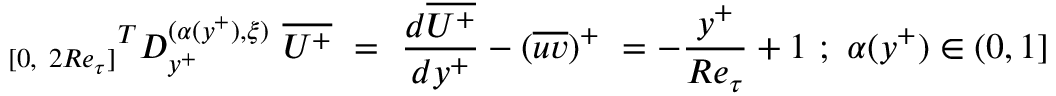
{ _ { [ 0 , ~ 2 R e _ { \tau } ] } } ^ { T } D _ { y ^ { + } } ^ { ( \alpha ( y ^ { + } ) , { \xi } ) } ~ \overline { { U ^ { + } } } ~ = ~ \frac { d \overline { { U ^ { + } } } } { d y ^ { + } } - ( \overline { { u v } } ) ^ { + } ~ = - { \frac { y ^ { + } } { R e _ { \tau } } } + 1 ~ ; ~ \alpha ( y ^ { + } ) \in ( 0 , 1 ]